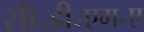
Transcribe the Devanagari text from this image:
सी॰डी॰एम॰ए